Insane asylums in Bengal annual reports 1867-1875 - 1867-1875
Year: 1867
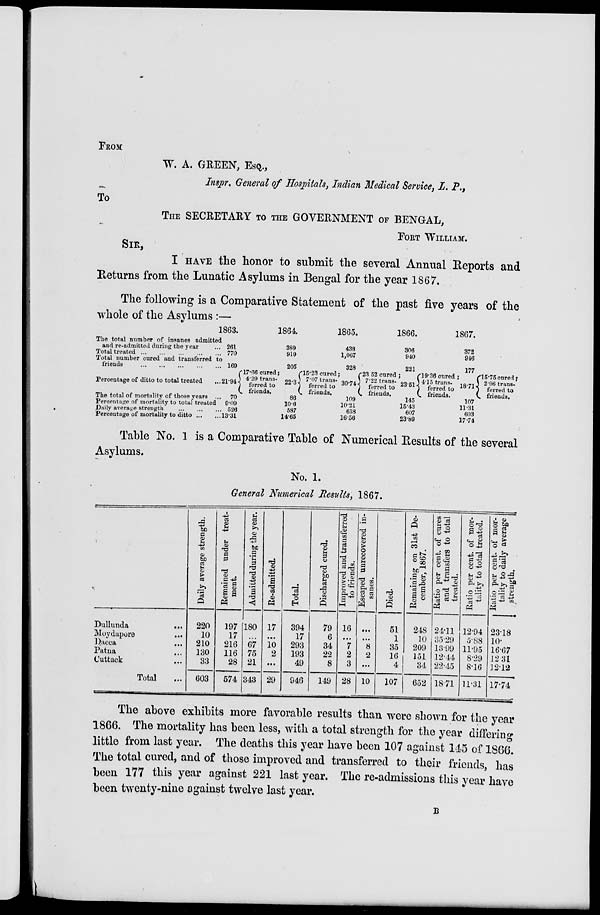
FROM
W. A. GREEN, ESQ.,
Inspr. General of Hospitals, Indian Medical Service, L. P.,
To
THE SECRETARY TO THE GOVERNMENT OF BENGAL,
FORT WILLIAM.
SIR,
I HAVE the honor to submit the several Annual Reports and
Returns from the Lunatic Asylums in Bengal for the year 1867.
The following is a Comparative Statement of the past five years of the
whole of the Asylums :—
The total number of insanes admitted
and re-admitted during the year ..
Total treated... ... ... ... ...
Total number cured and transferred to
friends
... ... ... ... ...
Percentage of ditto to total treated ...
The total of mortality of those years ...
Percentage of mortality to total treated
Daily average strength
...
...
...
Percentage of mortality to ditto ... ...
1863.
261
770
169
21.94
70
9.09
526
13.31
17.66 cured;
4.29 trans-
ferred to
friends.
1864.
389
919
205
22.3
86
10.6
587
14.65
15.23 cured;
7.07 trans-
ferred to
friends.
1865.
438
1,067
328
30.74
109
10.21
658
16.56
23.52 cured;
7.22 trans
ferred to
friends.
1866.
308
940
221
23.51
145
15.43
607
23.89
19.36 cured;
4.15 trans-
ferred to
friends.
1867.
372
946
177
18.71
107
11.31
603
17.74
15.75 cured;
2.96 trans-
ferred to
friends.
Table No. 1 is a Comparative Table of Numerical Results of the several
Asylums.
No. 1.
General Numerical Results, 1867.
Dullunda
...
Moydapore ...
Dacca ...
Patna ...
Cuttack ...
Total ...
Daily average strength.
220
10
210
130
33
603
Remained under treat-
ment.
197
17
216
116
28
574
Admitted during the year.
180
...
67
75
21
343
Re-admitted.
17
...
10
2
...
29
Total.
394
17
293
193
49
946
Discharged cured.
79
6
34
22
8
149
Improved and transferred
to friends.
16
...
7
2
3
28
Escaped unrecovered in-
sanes.
...
...
8
2
...
10
Died.
51
1
35
16
4
107
Remaining on 31st De-
cember, 1867.
248
10
209
151
34
652
Ratio per cent. of cures
and transfers to total
treated.
24.11
35.29
13.99
12.44
22.45
18.71
Ratio per cent. of mor-
tality to total treated.
12.94
5.88
11.95
8.29
8.16
11.31
Ratio per cent. of mor-
tality to daily average
strength.
23.18
10.
16.67
12.31
12.12
17.74
The above exhibits more favorable results than were shown for the year
1866. The mortality has been less, with a total strength for the year differing
little from last year. The deaths this year have been 107 against 145 of 1866.
The total cured, and of those improved and transferred to their friends, has
been 177 this year against 221 last year. The re-admissions this year have
been twenty-nine against twelve last year.
B